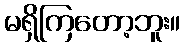
မရှိကြတော့ဘူး။